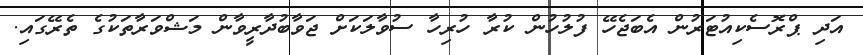
އަދި ޕްރޮސެކިއުޓަރުން އެބަޖެހޭ ފުލުހުން ކުރާ ހުރިހާ ސުވާލަކަށް ޖަވާބުދާރީވާން މަޝްވަރާތަކުގެ ތެރޭގައި.